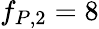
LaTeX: f_{P,2}=8